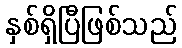
နှစ်ရှိပြီဖြစ်သည်